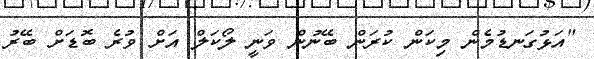
"އަޅުގަނޑުމެން މިކަން ކުރަން ބޭނުން ވަނީ ލޯކަލް އަށް ވުރެ ބޮޑަށް ބޭރު